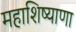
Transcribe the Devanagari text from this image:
महाशिष्याणा